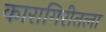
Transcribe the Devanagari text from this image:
कारागिरीतला